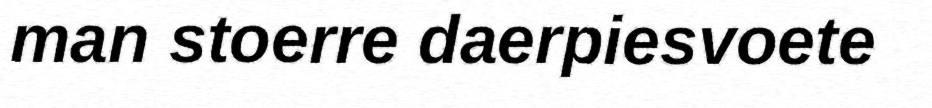
man stoerre daerpiesvoete